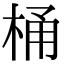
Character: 桶